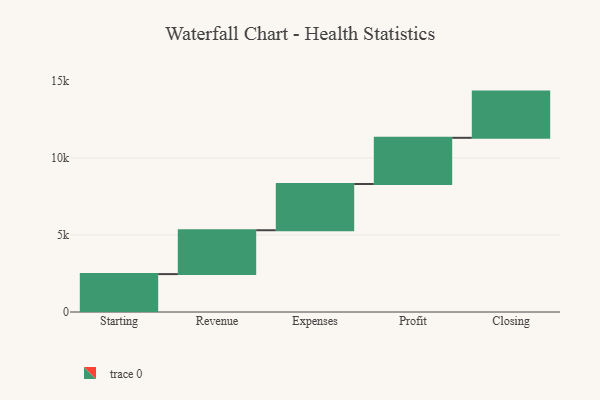
{"axis": {"x": "Step", "y": "Value"}, "legend": [""], "data": [{"x": "Starting", "y": 2460.0, "type": ""}, {"x": "Revenue", "y": 2848.0, "type": ""}, {"x": "Expenses", "y": 3000, "type": ""}, {"x": "Profit", "y": 3000, "type": ""}, {"x": "Closing", "y": 3000, "type": ""}]}